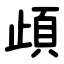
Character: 頉